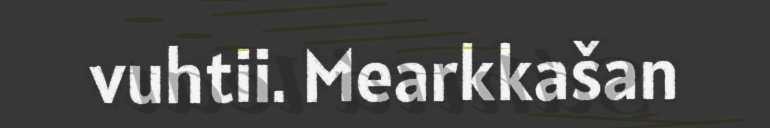
vuhtii. Mearkkašan